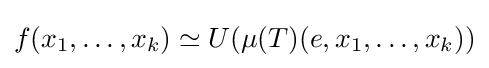
f(x_{1},\ldots ,x_{k})\simeq U(\mu (T)(e,x_{1},\ldots ,x_{k}))